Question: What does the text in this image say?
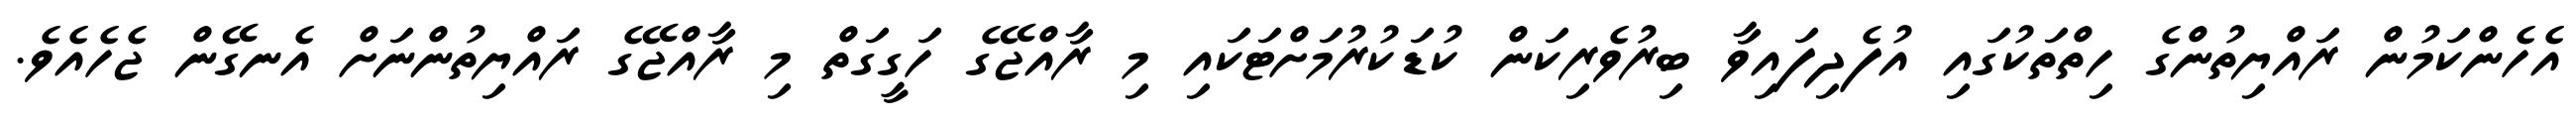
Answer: އެހެންކަމުން ރައްޔިތުންގެ ހިތްތަކުގައި އުފެދިފައިވާ ބިރުވެރިކަން ކުޑަކުރުމަށްޓަކައި މި ރާއްޖޭގެ ހަގީގަތް މި ރާއްޖޭގެ ރައްޔިތުންނަށް އެނގޭން ޖެހެއެވެ.